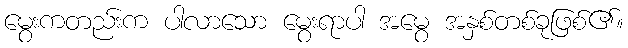
မွေးကတည်းက ပါလာသော မွေးရာပါ အမွေ အနှစ်တစ်ခုဖြစ်၏။